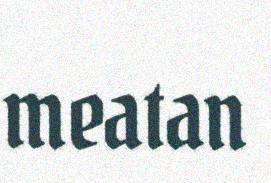
meatan